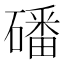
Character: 磻